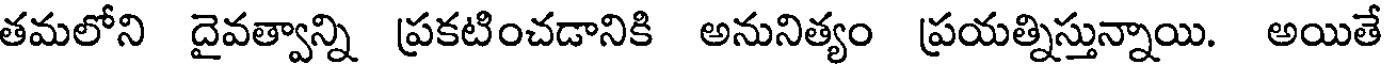
తమలోని దైవత్వాన్ని ప్రకటించడానికి అనునిత్యం ప్రయత్నిస్తున్నాయి. అయితే